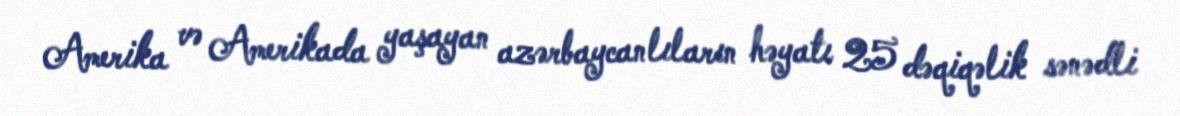
Amerika və Amerikada yaşayan azərbaycanlıların həyatı 25 dəqiqəlik sənədli